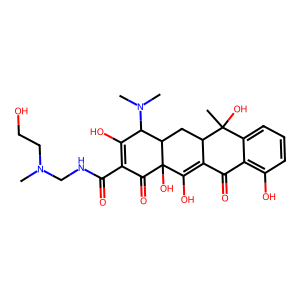
SMILES: CN(CCO)CNC(=O)C1=C(O)C(N(C)C)C2CC3C(=C(O)C2(O)C1=O)C(=O)c1c(O)cccc1C3(C)O
Inhibits HIV replication: No